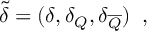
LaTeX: \tilde { \delta } = ( \delta , \delta _ { Q } , \delta _ { \overline { { Q } } } ) \; \; ,